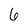
Character: 6